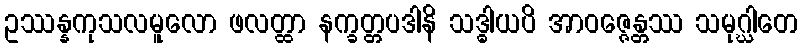
ဥဿန္နကုသလမူလော ဖလတ္ထာ နက္ခတ္တပဒါနိ သဒ္ဓါယပိ အာဝဇ္ဇေန္တဿ သမုဂ္ဃါတေ